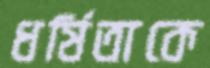
ধর্ষিতাকে